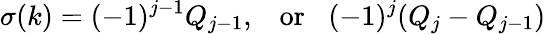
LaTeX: \sigma(k)=(-1)^{j-1}Q_{j-1},\; \; \; \mathrm{or}\; \; \; (-1)^{j}(Q_{j}-Q_{j-1})